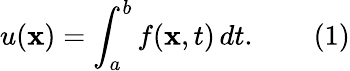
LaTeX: u(\mathbf{x})=\int_{a}^{b}f(\mathbf{x},t)\, dt.\qquad(1)